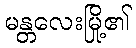
မန္တလေးမြို့၏